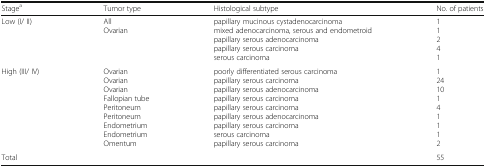
<table><thead><tr><td><b>Stage<sup>a</sup></b></td><td><b>Tumor type</b></td><td><b>Histological subtype</b></td><td><b>No. of patients</b></td></tr></thead><tbody><tr><td>Low (I/ II)</td><td>AllOvarian</td><td>papillary mucinous cystadenocarcinomamixed adenocarcinoma, serous and endometroidpapillary serous adenocarcinomapapillary serous carcinomaserous carcinoma</td><td>11241</td></tr><tr><td>High (III/ IV)</td><td>OvarianOvarianOvarianFallopian tubePeritoneumPeritoneumEndometriumEndometriumOmentum</td><td>poorly differentiated serous carcinomapapillary serous carcinomapapillary serous adenocarcinomapapillary serous carcinomapapillary serous carcinomapapillary serous adenocarcinomapapillary serous carcinomaserous carcinomapapillary serous carcinoma</td><td>12410141112</td></tr><tr><td>Total</td><td>[EMPTY_CELL]</td><td>[EMPTY_CELL]</td><td>55</td></tr></tbody></table>